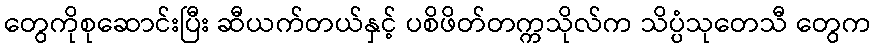
တွေကိုစုဆောင်းပြီး ဆီယက်တယ်နှင့် ပစိဖိတ်တက္ကသိုလ်က သိပ္ပံသုတေသီ တွေက